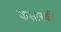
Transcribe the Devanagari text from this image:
कसारकी